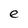
Character: e